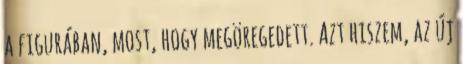
a figurában, most, hogy megöregedett. Azt hiszem, az új